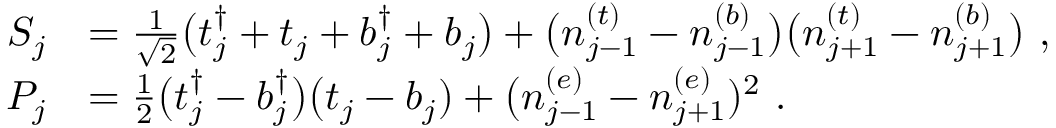
\begin{array} { r l } { S _ { j } } & { = \frac { 1 } { \sqrt 2 } \big ( t _ { j } ^ { \dagger } + t _ { j } + b _ { j } ^ { \dagger } + b _ { j } \big ) + \big ( n _ { j - 1 } ^ { ( t ) } - n _ { j - 1 } ^ { ( b ) } \big ) \big ( n _ { j + 1 } ^ { ( t ) } - n _ { j + 1 } ^ { ( b ) } \big ) \ , } \\ { P _ { j } } & { = \frac 1 2 \big ( t _ { j } ^ { \dagger } - b _ { j } ^ { \dagger } \big ) \big ( t _ { j } - b _ { j } ) + \big ( n _ { j - 1 } ^ { ( e ) } - n _ { j + 1 } ^ { ( e ) } ) ^ { 2 } \ . } \end{array}